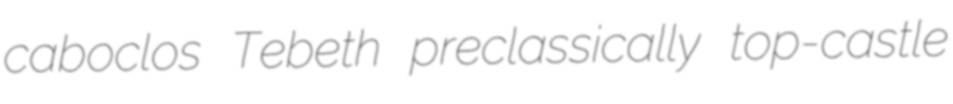
caboclos Tebeth preclassically top-castle